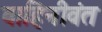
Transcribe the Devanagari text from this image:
वाहिनीवंत